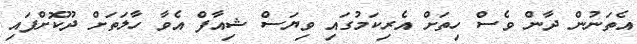
އެތަނުން ދާން ވެސް ހިތަށް އެރިކަމުގައި ވިޔަސް ޝިއާފް އެވާ ހާލަތަށް ދޫކޮށްފައި